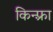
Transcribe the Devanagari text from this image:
किन्फ़्रा